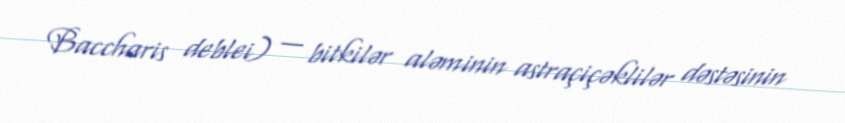
Baccharis deblei) — bitkilər aləminin astraçiçəklilər dəstəsinin